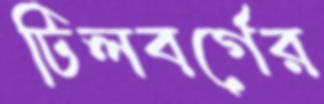
টিলবর্গের